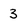
Character: 3